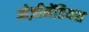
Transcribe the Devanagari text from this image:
ओज़ीमेंडियस